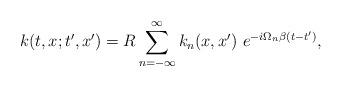
LaTeX: \begin{align*}k(t,x;t^{\prime },x^{\prime })=R \sum\limits_{n=-\infty }^\infty k_n(x,x^{\prime })\ e^{-i\Omega _n\beta (t-t^{\prime })},\end{align*}